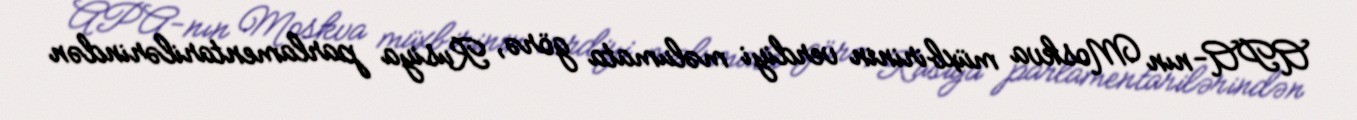
APA-nın Moskva müxbirinin verdiyi məlumata görə, Rusiya parlamentarilərindən